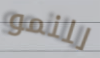
للنمو